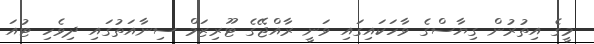
މީގެ އިތުރުން ގިޔާސްގެ ވާހަކައިގައި ވަނީ ރާއްޖޭގެ ޓޫރިޒަމް ސިނާއަތުގައި ދިވެހި ޓުއަ